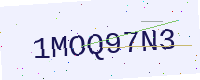
Text: 1MOQ97N3